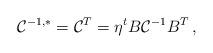
LaTeX: \begin{align*}{\cal C}^{-1, *}={\cal C}^T=\eta ^t B{\cal C}^{-1}B^T\,,\end{align*}